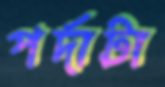
পর্দাটা